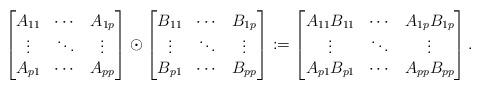
LaTeX: \begin{align*}\begin{bmatrix}A_{11} & \cdots & A_{1p} \\\vdots & \ddots & \vdots \\A_{p1} & \cdots & A_{pp}\end{bmatrix}\odot\begin{bmatrix}B_{11} & \cdots & B_{1p} \\\vdots & \ddots & \vdots \\B_{p1} & \cdots & B_{pp}\end{bmatrix} :=\begin{bmatrix}A_{11}B_{11} & \cdots & A_{1p}B_{1p} \\\vdots & \ddots & \vdots \\A_{p1}B_{p1} & \cdots & A_{pp}B_{pp}\end{bmatrix}.\end{align*}